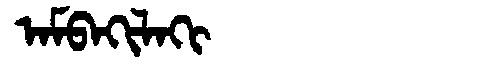
Manchu: ᠠᠮᠪᠠᡴᡳᠯᠠᡴᡳ
Romanization: AMBAKILAKI